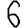
Digit: 6